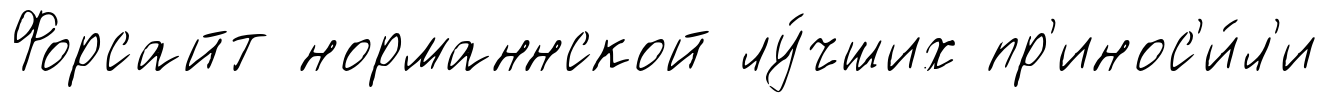
Форсайт норманнской лу́чших пр'инос'и́л'и